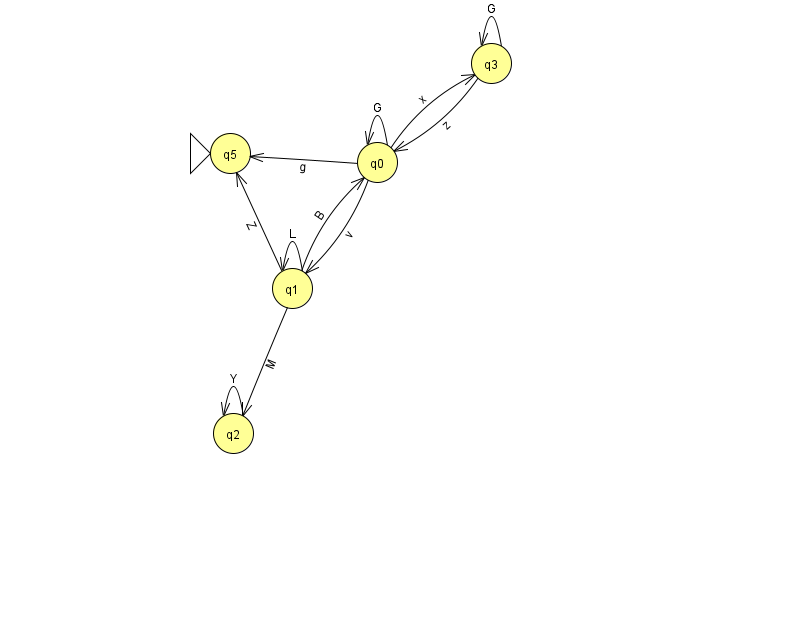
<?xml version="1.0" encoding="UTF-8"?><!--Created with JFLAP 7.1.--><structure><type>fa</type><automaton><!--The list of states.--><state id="0" name="q0"><x>377.0</x><y>149.0</y></state><state id="1" name="q1"><x>292.0</x><y>275.0</y></state><state id="2" name="q2"><x>233.0</x><y>420.0</y></state><state id="3" name="q3"><x>491.0</x><y>50.0</y></state><state id="5" name="q5"><x>230.0</x><y>140.0</y><initial/></state><!--The list of transitions.--><transition><from>1</from><to>0</to><read>B</read></transition><transition><from>0</from><to>5</to><read>g</read></transition><transition><from>0</from><to>1</to><read>v</read></transition><transition><from>0</from><to>0</to><read>G</read></transition><transition><from>3</from><to>3</to><read>G</read></transition><transition><from>1</from><to>2</to><read>M</read></transition><transition><from>2</from><to>2</to><read>Y</read></transition><transition><from>0</from><to>3</to><read>x</read></transition><transition><from>1</from><to>1</to><read>L</read></transition><transition><from>1</from><to>5</to><read>Z</read></transition><transition><from>3</from><to>0</to><read>z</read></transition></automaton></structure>